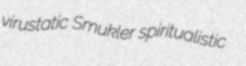
virustatic Smukler spiritualistic